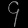
Digit: ၄